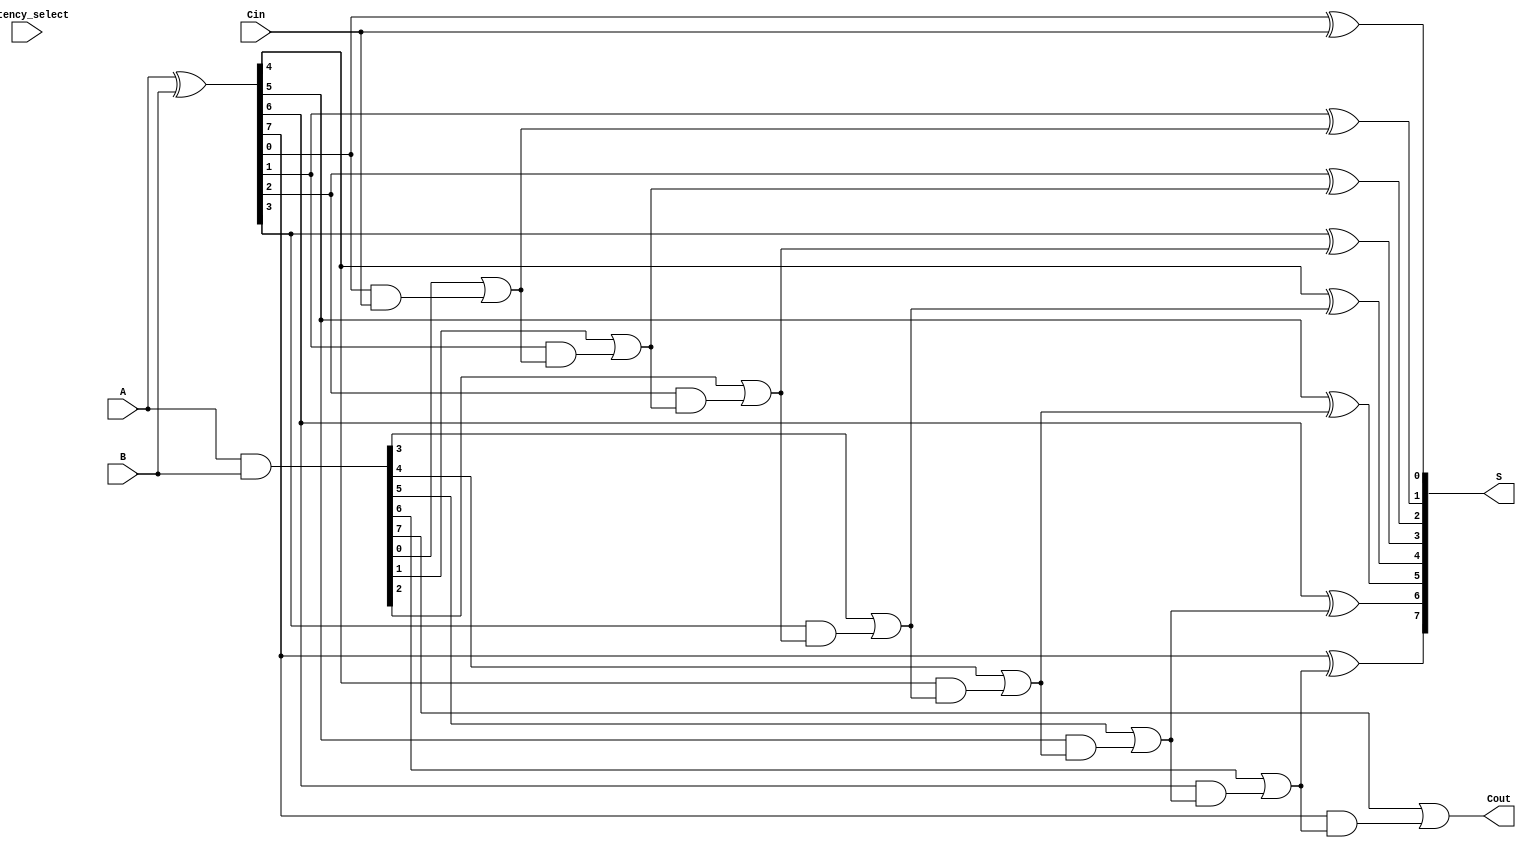
module VLCLA #(parameter N = 8, parameter LEVELS = 2) (
    input [N-1:0] A,          // First operand
    input [N-1:0] B,          // Second operand
    input Cin,                // Carry-in
    input [1:0] latency_select, // Latency configuration select signal
    output [N-1:0] S,         // Sum output
    output Cout               // Carry-out
);

    // Generate propagate (P) and generate (G) signals
    wire [N-1:0] P; // Propagate
    wire [N-1:0] G; // Generate
    wire [N:0] C;   // Carry signals

    assign P = A ^ B;  // Propagate signal
    assign G = A & B;  // Generate signal

    // Carry computation
    assign C[0] = Cin; // Initial carry

    genvar i;
    generate
        for (i = 0; i < N; i = i + 1) begin : carry_gen
            // Carry calculation based on the lookahead logic
            // Level 0: basic carry logic
            if (i < N) begin
                assign C[i + 1] = G[i] | (P[i] & C[i]);
            end
        end
    endgenerate

    // Sum calculation
    generate
        for (i = 0; i < N; i = i + 1) begin : sum_calc
            assign S[i] = P[i] ^ C[i]; // Sum calculation
        end
    endgenerate

    // Final carry-out
    assign Cout = C[N];

endmodule